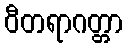
ဝီတရာဂတ္တာ